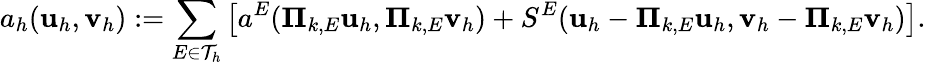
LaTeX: a_{h}(\textbf{u}_{h},\textbf{v}_{h}):=\displaystyle{\sum_{E\in\mathcal{T}_{h}}\left[a^{E}(\boldsymbol{\Pi}_{k,E}\textbf{u}_{h},\boldsymbol{\Pi}_{k,E}\textbf{v}_{h})+S^{E}(\textbf{u}_{h}-\boldsymbol{\Pi}_{k,E}\textbf{u}_{h},\textbf{v}_{h}-\boldsymbol{\Pi}_{k,E}\textbf{v}_{h})\right]}.